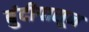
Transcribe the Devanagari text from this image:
बुंदीपासून